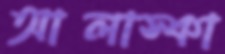
আলাস্কা